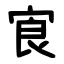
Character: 㝗